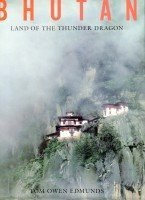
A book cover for Bhutan. Land of the Thunder Dragon; Tom Owen Edmunds; Travel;